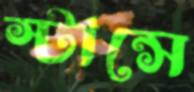
স্টান্সে